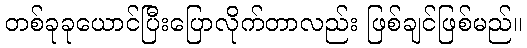
တစ်ခုခုယောင်ပြီးပြောလိုက်တာလည်း ဖြစ်ချင်ဖြစ်မည်။